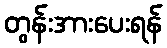
တွန်းအားပေးရန်